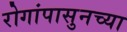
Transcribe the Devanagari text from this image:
रोगांपासुनच्या